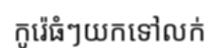
កូរ៉េធំៗយកទៅលក់